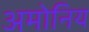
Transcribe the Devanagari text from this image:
अमोनिय